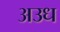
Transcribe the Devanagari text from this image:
अउध